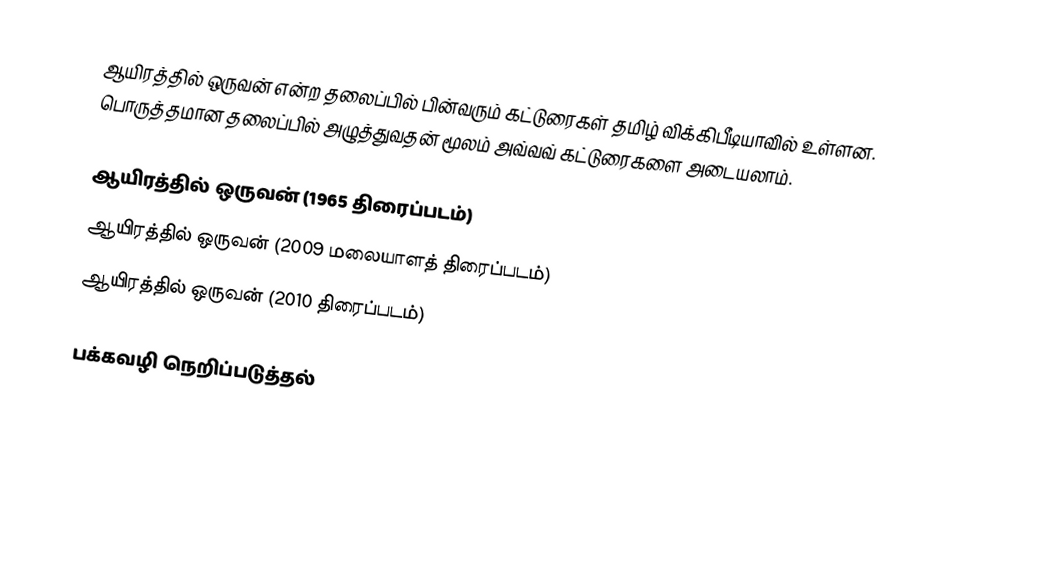
ஆயிரத்தில் ஒருவன் என்ற தலைப்பில் பின்வரும் கட்டுரைகள் தமிழ் விக்கிபீடியாவில் உள்ளன. பொருத்தமான தலைப்பில் அழுத்துவதன் மூலம் அவ்வவ் கட்டுரைகளை அடையலாம்.

ஆயிரத்தில் ஒருவன் (1965 திரைப்படம்)
ஆயிரத்தில் ஒருவன் (2009 மலையாளத் திரைப்படம்)
ஆயிரத்தில் ஒருவன் (2010 திரைப்படம்)

பக்கவழி நெறிப்படுத்தல்